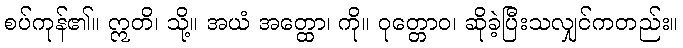
စပ်ကုန်၏။ ဣတိ၊ သို့။ အယံ အတ္ထော၊ ကို။ ဝုတ္တောဝ၊ ဆိုခဲ့ပြီးသလျှင်ကတည်း။